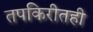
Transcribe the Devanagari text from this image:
तपकिरीतही